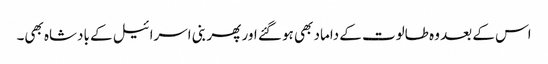
اس کے بعد وہ طالوت کے داماد بھی ہو گئے اور پھر بنی اسرائیل کے بادشاہ بھی۔